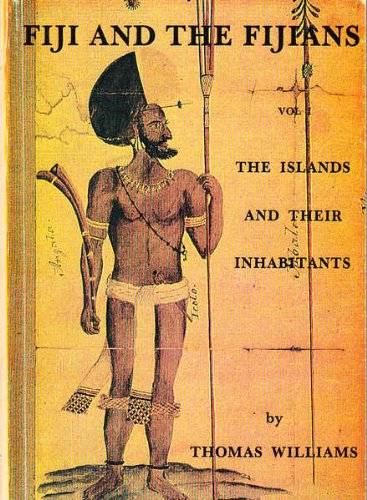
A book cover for Fiji and the Fijians: Vol. 1, The Islands and Their Inhabitants; Thomas Williams; History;